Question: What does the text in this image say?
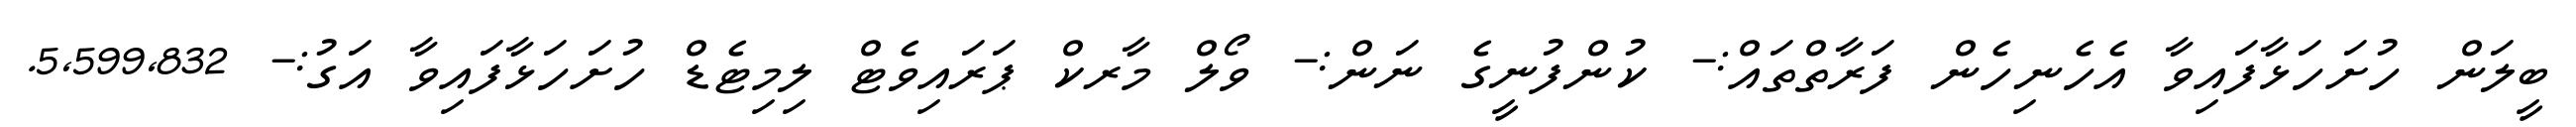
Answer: ބީލަން ހުށަހަޅާފައިވާ އެހެނިހެން ފަރާތްތައް:- ކުންފުނީގެ ނަން:- ވޯލް މާރކް ޕަރައިވެޓް ލިމިޓެޑް ހުށަހަޅާފައިވާ އަގު:- 5,599,832.